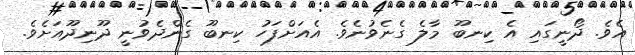
އެވެ. ދޯނީގައި އެ ކިނބޫ މާލެ ގެނެވުނެވެ. އެއަށްފަހު ކިނބޫ ގެންދެވުނީ ދޫނިދޫއަށެވެ.